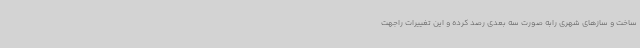
ساخت و سازهای شهری رابه صورت سه بعدی رصد کرده و این تغییرات راجهت